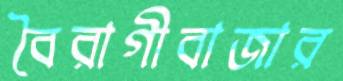
বৈরাগীবাজার